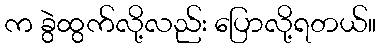
က ခွဲထွက်လို့လည်း ပြောလို့ရတယ်။